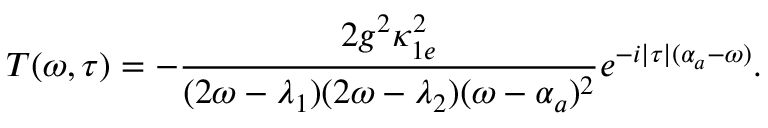
T ( \omega , \tau ) = - \frac { 2 g ^ { 2 } \kappa _ { 1 e } ^ { 2 } } { ( 2 \omega - \lambda _ { 1 } ) ( 2 \omega - \lambda _ { 2 } ) ( \omega - \alpha _ { a } ) ^ { 2 } } e ^ { - i | \tau | ( \alpha _ { a } - \omega ) } .